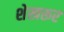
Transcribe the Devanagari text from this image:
शेखरूर